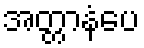
အတ္တာနံပေ